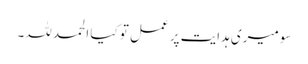
سو میری ہدایت پر عمل تو کیا الحمد للہ۔